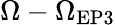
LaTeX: \Omega-\Omega_{\mathrm{{EP3}}}